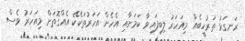
ރަނގަޅު ތަރުހީބެއް މިއަހަރު ލިބިފައިވާ ކަމަށާއި އެހެން އަހަރުތަކެކޭ އެއްގޮތަށް މިއަހަރު ވެސް